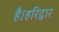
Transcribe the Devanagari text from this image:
है।हरिद्वार